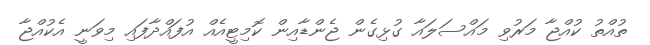
ތުއްތު ކުއްޖާ މަރުވި މައްސަލައާ ގުޅިގެން ޖެންޑާއިން ކޮމިޓީއެއް އުފައްދާފައި މިވަނީ އެކުއްޖާ